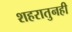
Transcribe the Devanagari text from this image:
शहरातुनही